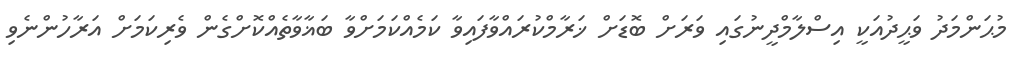
މުޙަންމަދު ވަޙީދުއަކީ އިސްލާމްދީނުގައި ވަރަށް ބޮޑަށް ޚަރާމްކުރައްވާފައިވާ ކަމެއްކަމަށްވާ ބަޣާވާތެއްކޮށްގެން ވެރިކަމަށް އަރާހުންނެވި